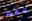
فقط